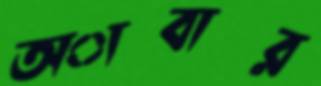
অাবার